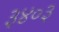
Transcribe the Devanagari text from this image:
३४०३